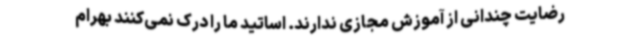
رضایت چندانی از آموزش مجازی ندارند. اساتید ما را درک نمی‌کنند بهرام